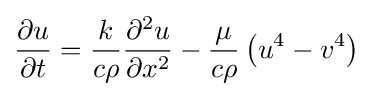
{\frac {\partial u}{\partial t}}={\frac {k}{c\rho }}{\frac {\partial ^{2}u}{\partial x^{2}}}-{\frac {\mu }{c\rho }}\left(u^{4}-v^{4}\right)